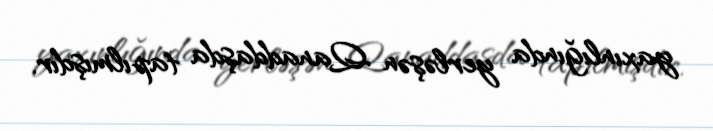
yaxınlığında yerləşən Qanaddaşda tapılmışdır.